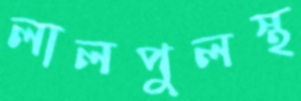
লালপুলস্থ